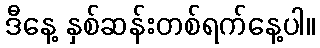
ဒီနေ့ နှစ်ဆန်းတစ်ရက်နေ့ပါ။